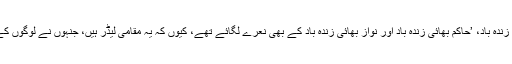
پارٹی حامیوں نے ساجد بھائی زندہ باد، ’حاکم بھائی زندہ باد اور نواز بھائی زندہ باد کے بھی نعرے لگائے تھے، کیوں کہ یہ مقامی لیڈر ہیں، جنہوں نے لوگوں کے لئے راحت کا انتظام کیا تھا۔